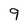
Character: 9